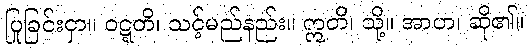
ပြုခြင်းငှာ။ ဝဋ္ဋတိ၊ သင့်မည်နည်း။ ဣတိ၊ သို့။ အာဟ၊ ဆို၏။